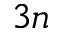
3 n